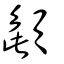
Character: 頾